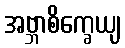
အဗ္ဘာစိက္ခေယျ